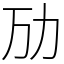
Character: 劢